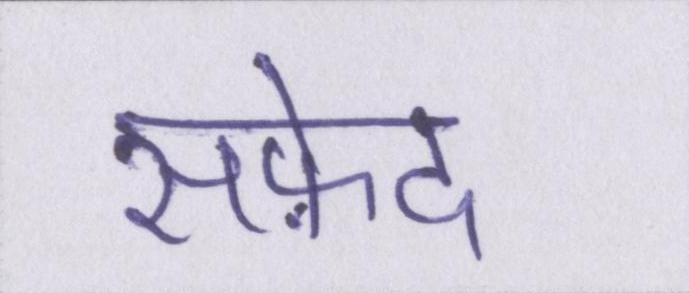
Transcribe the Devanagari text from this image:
सफ़ेद